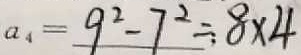
a _ { 4 } = 9 ^ { 2 } - 7 ^ { 2 } = 8 \times 4